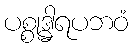
ပစ္စုဒ္ဓါရပဘဝံ